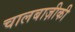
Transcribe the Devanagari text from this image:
चालबाज़ीकी